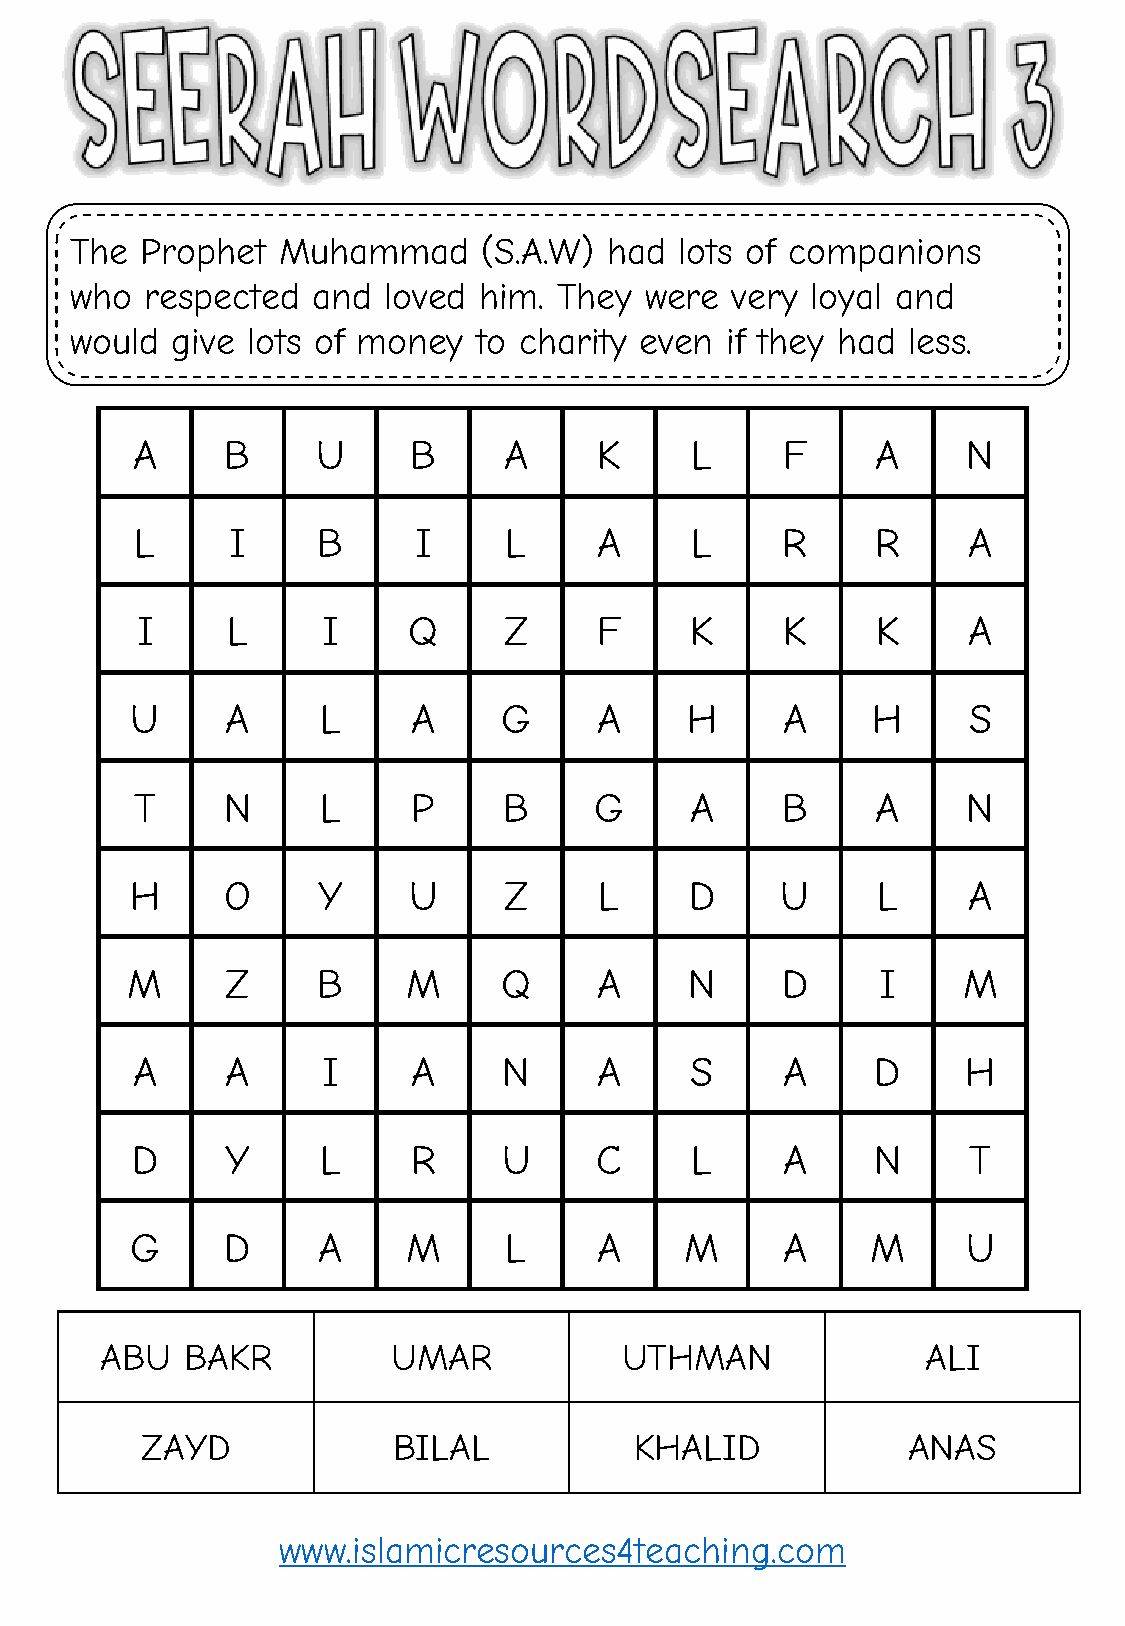
The Prophet  Muhammad      (S.A.W) had  lots of companions
 who  respected  and loved  him. They  were very  loyal and
 would give lots of money   to charity even if they had less.
 A     B     U     B     A      K     L     F     A     N
 L     I     B     I     L      A     L     R     R     A
 I     L     I     Q     Z      F     K     K     K     A
 U     A     L     A     G      A    H      A     H     S
 T     N     L     P     B     G      A     B     A     N
 H     O     Y     U     Z      L     D     U     L     A
 M      Z     B     M     Q      A     N     D     I     M
 A     A     I     A     N      A     S     A     D     H
 D     Y     L     R     U     C      L     A     N     T
 G     D     A     M     L      A    M      A     M     U
 ABU  BAKR          UMAR           UTHMAN              ALI
 ZAYD             BILAL           KHALID            ANAS
 www.islamicresources4teaching.com